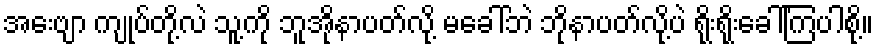
အေးဗျာ ကျုပ်တို့လဲ သူ့ကို ဘူအိုနာပတ်လို့ မခေါ်ဘဲ ဘိုနာပတ်လို့ပဲ ရိုးရိုးခေါ်ကြပါစို့။